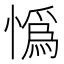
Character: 𢠿